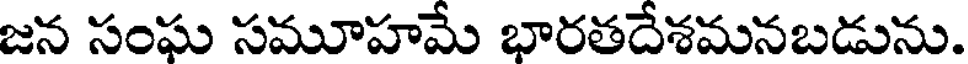
జన సంఘ సమూహమే భారతదేశమనబడును.